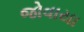
જોવાયા